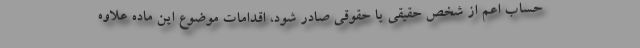
حساب اعم از شخص حقیقی یا حقوقی صادر شود، اقدامات موضوع این ماده علاوه